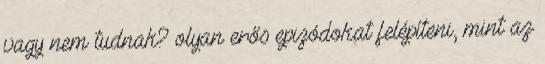
vagy nem tudnak? olyan erős epizódokat felépíteni, mint az